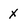
Character: X